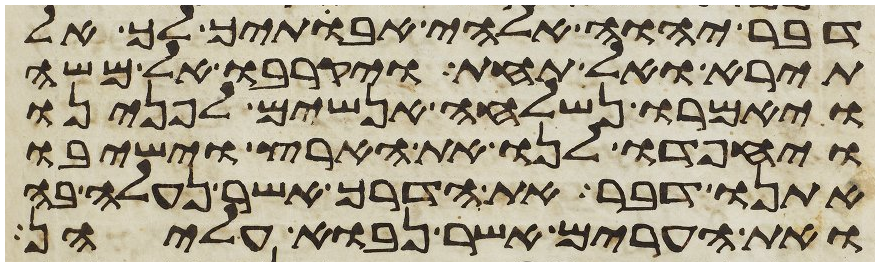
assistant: דבר יהוה אלהי אבתיך לך אל
תירא ואל תחת ויקרבו אל משה
ויאמרו נשלחה אנשים לפנינו
ויחפדו לנו את הארץ וישיבו
אתנו דבר את הדרך אשר נעלה בה
ואת הערים אשר נבוא עליהן